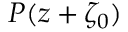
P ( z + \zeta _ { 0 } )